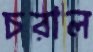
চরাল